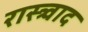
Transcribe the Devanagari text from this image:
रास्त्र्वाद